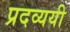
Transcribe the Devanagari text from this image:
प्रदव्ययी